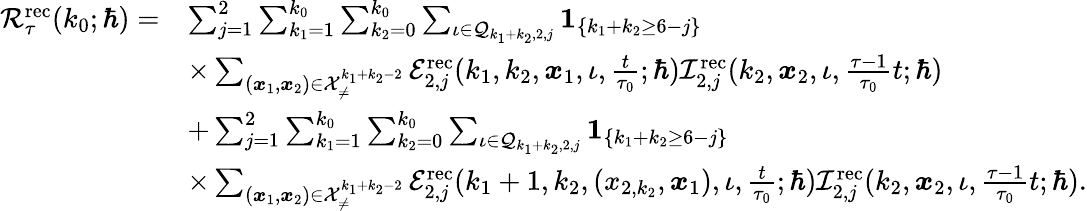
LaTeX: \begin{array}{rl}{\mathcal{R}_{\tau}^{\mathrm{rec}}(k_{0};\hbar)=}&{\sum_{j=1}^{2}\sum_{k_{1}=1}^{k_{0}}\sum_{k_{2}=0}^{k_{0}}\sum_{\iota\in\mathcal{Q}_{k_{1}+k_{2},2,j}}\boldsymbol{1}_{\{ k_{1}+k_{2}\geq 6-j\} }}\\ &{\times\sum_{(\boldsymbol{x}_{1},\boldsymbol{x}_{2})\in\mathcal{X}_{\neq}^{k_{1}+k_{2}-2}}\mathcal{E}_{2,j}^{\mathrm{rec}}(k_{1},k_{2},\boldsymbol{x}_{1},\iota,\frac{t}{\tau_{0}};\hbar)\mathcal{I}_{2,j}^{\mathrm{rec}}(k_{2},\boldsymbol{x}_{2},\iota,\frac{\tau-1}{\tau_{0}}t;\hbar)}\\ &{+\sum_{j=1}^{2}\sum_{k_{1}=1}^{k_{0}}\sum_{k_{2}=0}^{k_{0}}\sum_{\iota\in\mathcal{Q}_{k_{1}+k_{2},2,j}}\boldsymbol{1}_{\{ k_{1}+k_{2}\geq 6-j\} }}\\ &{\times\sum_{(\boldsymbol{x}_{1},\boldsymbol{x}_{2})\in\mathcal{X}_{\neq}^{k_{1}+k_{2}-2}}\mathcal{E}_{2,j}^{\mathrm{rec}}(k_{1}+1,k_{2},(x_{2,k_{2}},\boldsymbol{x}_{1}),\iota,\frac{t}{\tau_{0}};\hbar)\mathcal{I}_{2,j}^{\mathrm{rec}}(k_{2},\boldsymbol{x}_{2},\iota,\frac{\tau-1}{\tau_{0}}t;\hbar).}\end{array}